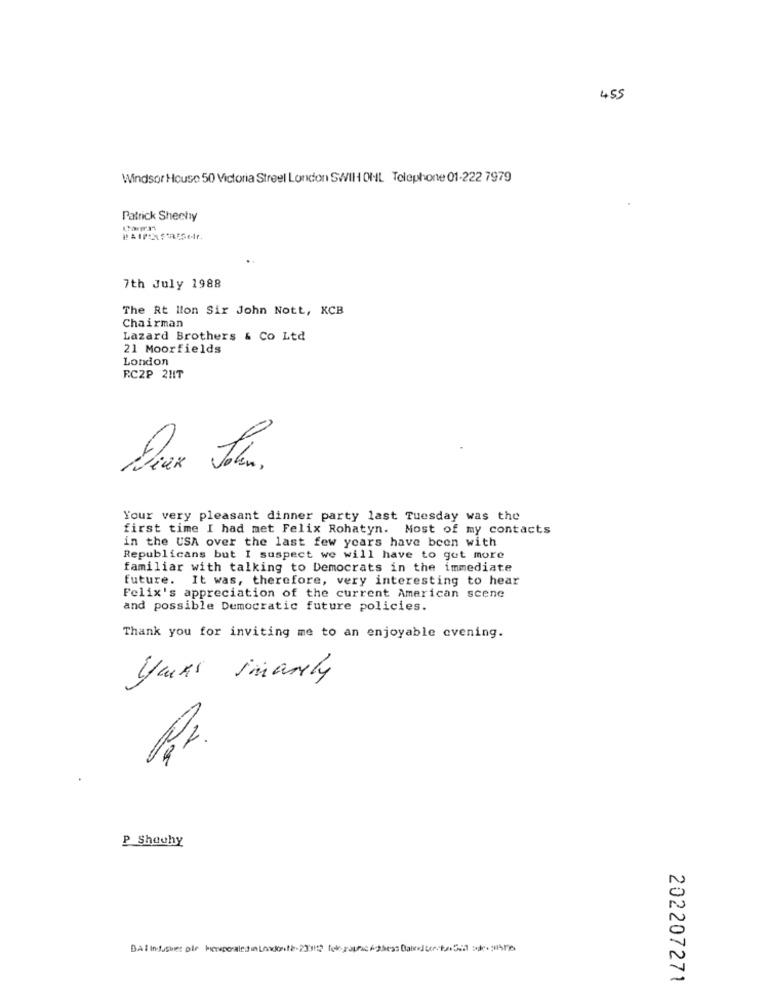
455
Windsor House 50 Victoria Street London SWIH OHL Telephone 01-222 7979
Patrick Sheehy
7th July 1988
The Rt lion Sir John Nott, KCB
Chairman
Lazard Brothers & Co Ltd
21 Moorfields
London
RC2P 2HIT
Your very pleasant dinner party last Tuesday was the
first time I had met Felix Rohatyn. Most of my contacts
in the USA over the last few years have been with
Republicans but I suspect we will have to get more
familiar with talking to Democrats in the immediate
future. It was, therefore, very interesting to hear
Felix's appreciation of the current American scene
and possible Democratic future policies.
Thank you for inviting me to an enjoyable evening.
yours imarly
R.r.
P Showhy
DAI Int.she: pir heuporaledin Lowknife·230? (krathc/thess Baindtesta Sia zdrojesne
202207271